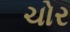
ચોર